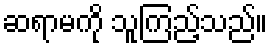
ဆရာမကို သူကြည့်သည်။